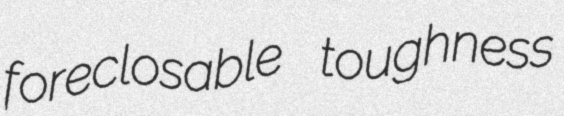
foreclosable toughness